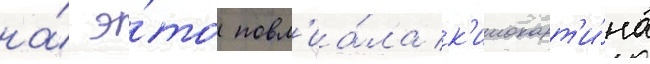
на́ э́то повл'иа́ла к'инокарт'и́на